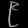
Digit: ၉